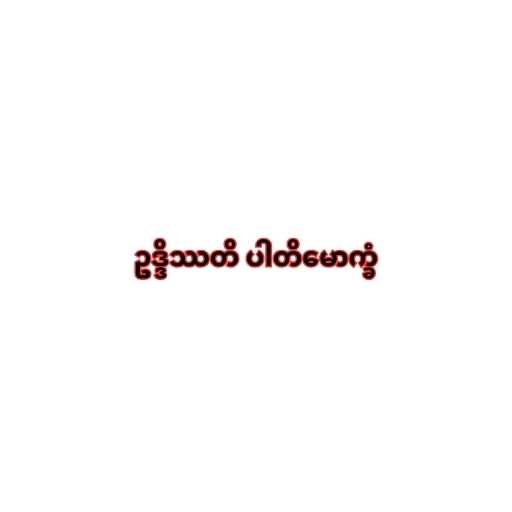
ဥဒ္ဒိဿတိ ပါတိမောက္ခံ